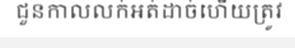
ជួនកាលលក់អត់ដាច់ហើយត្រូវ